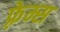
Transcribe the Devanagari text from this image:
फ़्रेम्स